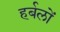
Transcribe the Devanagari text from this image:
हर्बलों